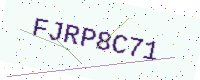
Text: FJRP8C71